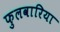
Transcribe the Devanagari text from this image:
फुलवारिया